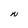
Character: N